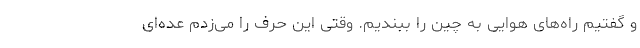
و گفتیم راه‌های هوایی به چین را ببندیم. وقتی این حرف را می‌زدم عده‌ای